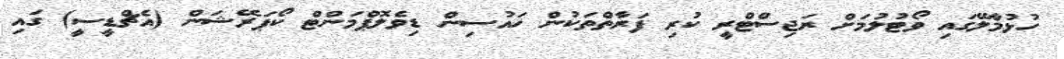
ހުޅުމާލޭގައި ވޯޓުލުމަށް ރަޖިސްޓްރީ ކުރި ފަރާތްތަކުން ހައުސިން ޑިވެލޮޕްމަންޓް ކޯޕަރޭޝަން (އެޗްޑީސީ) ގައި